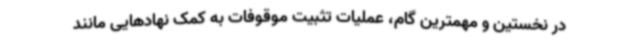
در نخستین و مهمترین گام، عملیات تثبیت موقوفات به کمک نهادهایی مانند